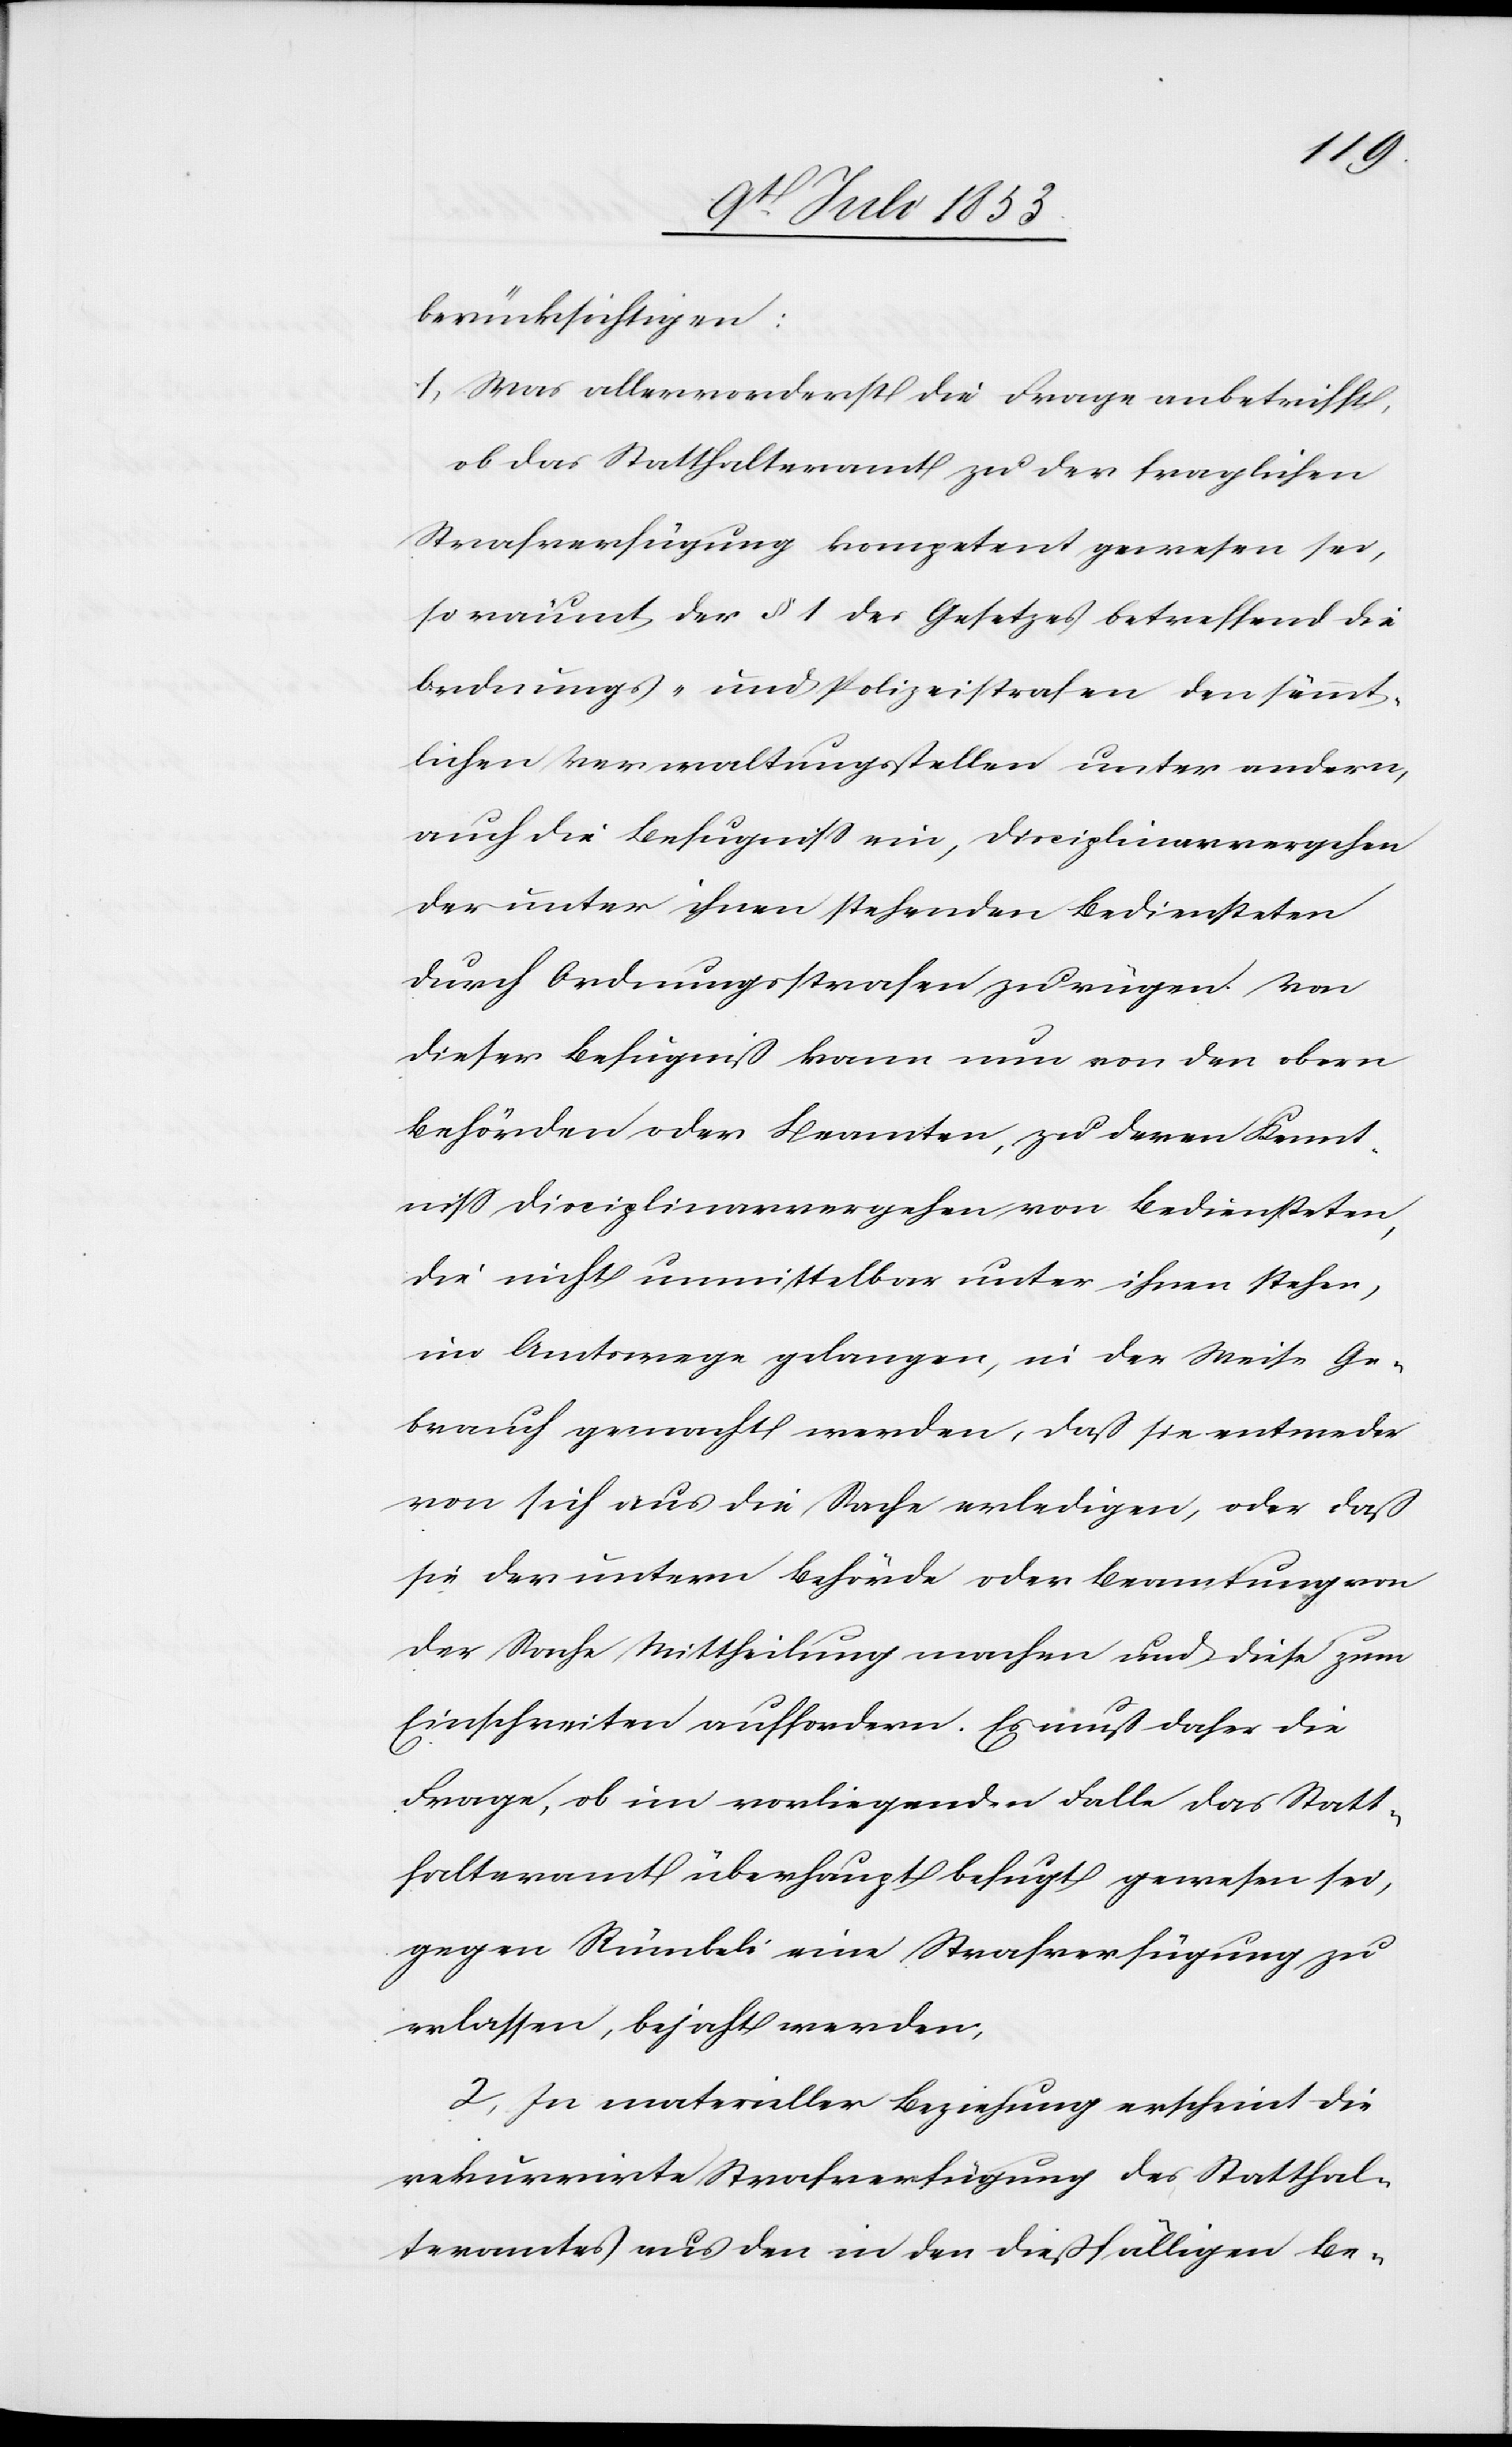
berücksichtigen;
1, Was allervorderst die Frage anbetrifft,
ob das Statthalteramte zu der fraglichen
Strafverfügung kompetent gewesen sei,
so räumt der § 1 des Gesetzes betreffend die
Ordnungs-und Polizeistrafen den sämmt¬
lichen Verwaltungsstellen unter andern,
auch die Befugniß ein, Disziplinarvergehen
der unter ihnen stehenden Bediensteten
durch Ordnungsstrafen zu rügen. Von
dieser Befugniß kann nun von den obern
Behörden oder Benannten, zu deren Kennt¬
niß Disziplinarvergehen von Bediensteten,
die nicht unmittelbar unter ihnen stehen,
im Amtswege gelangen, in der Weite Ge¬
brauch gemacht werden, daß sie entweder
von sich aus die Strafe erledigen, oder daß
sie der untern Behörde oder Beamtung von
der Sache Mittheilung machen und diese zum
Einschreiten auffordern. Es muß daher die
Frage, ob im vorliegenden Falle das Statt¬
halteramte überhaupt befugt gewesen sei,
gegen Rümbeli eine Strafverfügung zu
erlassen, bejaht werden,
2, In materieller Beziehung erscheint die
rekurrirte Strafverfügung des Statthal¬
teramtes aus den in den dießfälligen Be-